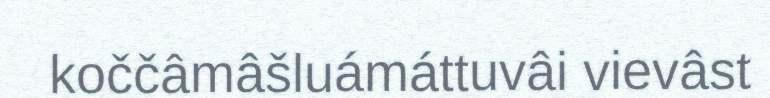
koččâmâšluámáttuvâi vievâst